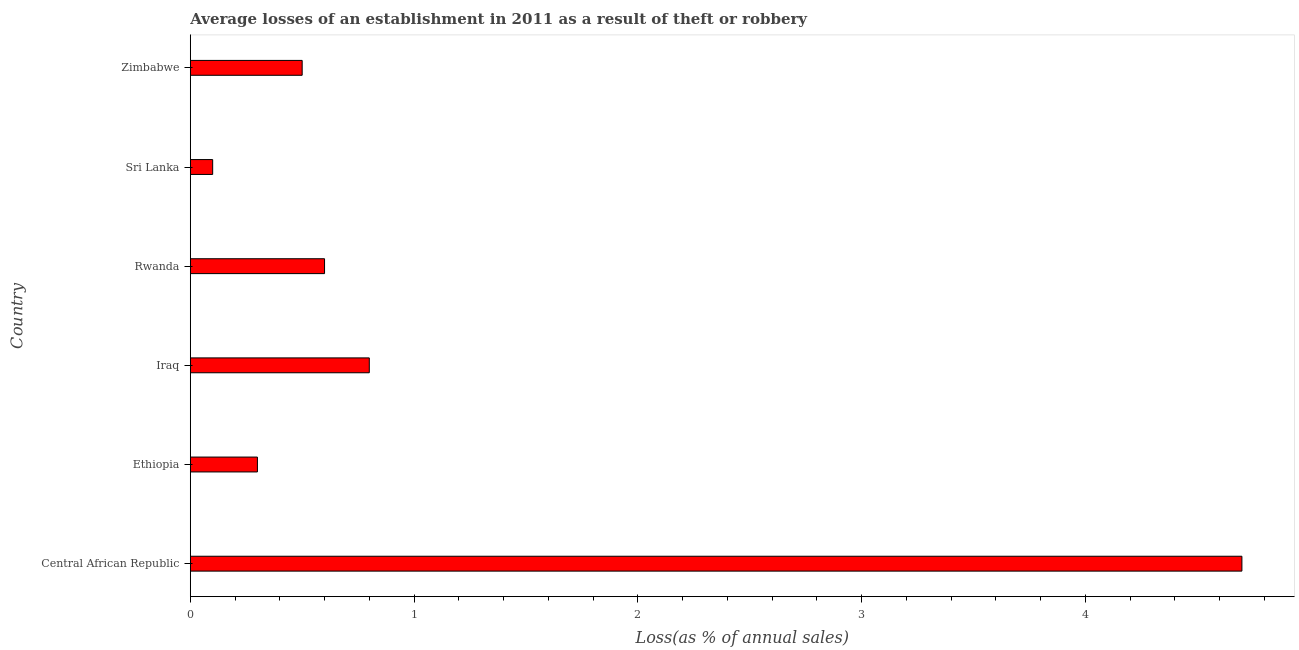
| Country | Losses due to theft |
 | --- | --- |
 | Central African Republic | 4.7 |
 | Ethiopia | 0.3 |
 | Iraq | 0.8 |
 | Rwanda | 0.6 |
 | Sri Lanka | 0.1 |
 | Zimbabwe | 0.5 |